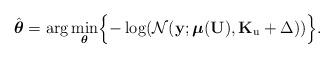
LaTeX: \begin{align*}\hat{\boldsymbol{\theta}} & =\arg\underset{\boldsymbol{\theta}}{\min}\Bigl\{-\log(\mathcal{N}(\mathbf{y};\mathbf{\mathbb{\boldsymbol{\mu}}}(\mathbf{U}),\mathbf{K}_{\mathrm{u}}+\Delta))\Bigr\}.\end{align*}